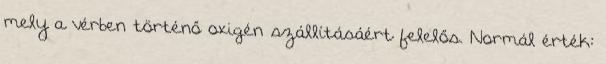
mely a vérben történő oxigén szállításáért felelős. Normál érték: